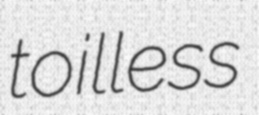
toilless